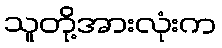
သူတို့အားလုံးက